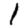
Digit: 1